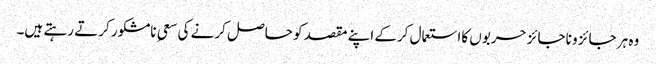
وہ ہر جائز و ناجائز حربوں کااستعمال کرکے اپنے مقصد کو حاصل کرنے کی سعیِ نامشکور کرتے رہتے ہیں۔